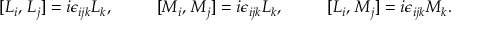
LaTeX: [ L _ { i } , \, L _ { j } ] = i \epsilon _ { i j k } L _ { k } , \ \ \ \ \ \ \ \ [ M _ { i } , \, M _ { j } ] = i \epsilon _ { i j k } L _ { k } , \ \ \ \ \ \ \ \ [ L _ { i } , \, M _ { j } ] = i \epsilon _ { i j k } M _ { k } .